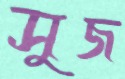
সুজ